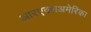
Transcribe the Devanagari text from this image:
आरएक्सअमेरिका